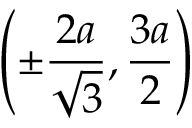
\left( \pm { \frac { 2 a } { \sqrt { 3 } } } , { \frac { 3 a } { 2 } } \right)